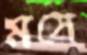
মসে